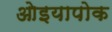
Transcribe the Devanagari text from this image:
ओइयापोक